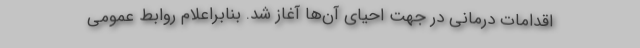
اقدامات درمانی در جهت احیای آن‌ها آغاز شد. بنابراعلام روابط عمومی